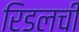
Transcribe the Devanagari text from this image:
रिडलची